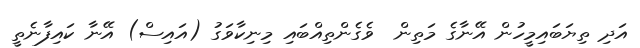
އަދި ތިޔަބައިމީހުން އޭނާގެ މަތިން  ވެގެންތިއްބައި މިނިކާވަގު (އައިސް) އޭނާ ކައިފާނެތީ